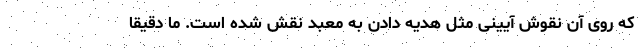
که روی آن نقوش آیینی مثل هدیه دادن به معبد نقش شده است. ما دقیقاً